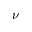
\nu